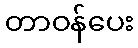
တာဝန်ပေး